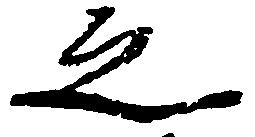
之